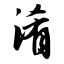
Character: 淆